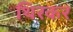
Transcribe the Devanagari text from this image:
थिरकर